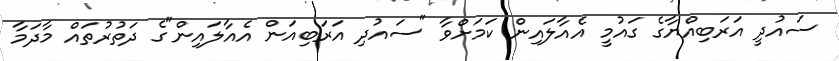
ސައުދީ އަރަބިއްޔާގެ ގައުމީ އެއާލައިން ކަމަށްވާ "ސައުދި އަރަބިއަން އެއާލައިން"ގެ ދަތުރުތައް މާދަމާ